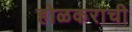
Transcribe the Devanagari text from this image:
होळकराची